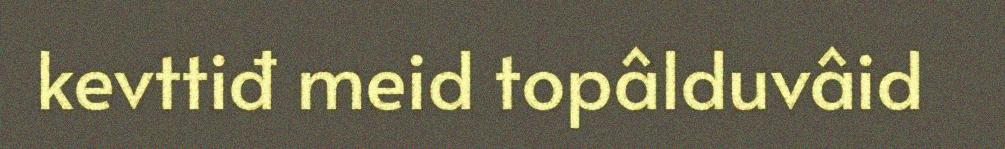
kevttiđ meid topâlduvâid